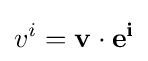
v^{i}=\mathbf {v} \cdot \mathbf {e^{i}}